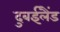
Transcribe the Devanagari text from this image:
दुबईलैंड